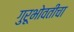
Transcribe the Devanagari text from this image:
गुरूभोवतीचा